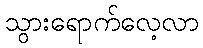
သွားရောက်လေ့လာ